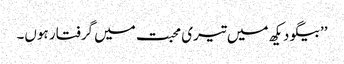
’’بیگو دیکھ میں تیری محبت میں گرفتار ہوں۔